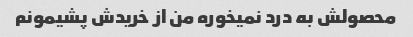
محصولش به درد نمیخوره من از خریدش پشیمونم